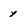
Character: y